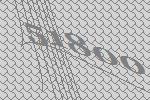
51800